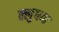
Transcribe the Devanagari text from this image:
क्लुप्त्या